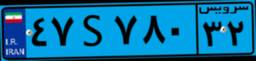
۵۲S۷۰۲۷۶